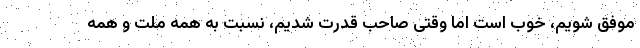
موفق شویم، خوب است اما وقتی صاحب قدرت شدیم، نسبت به همه ملت و همه